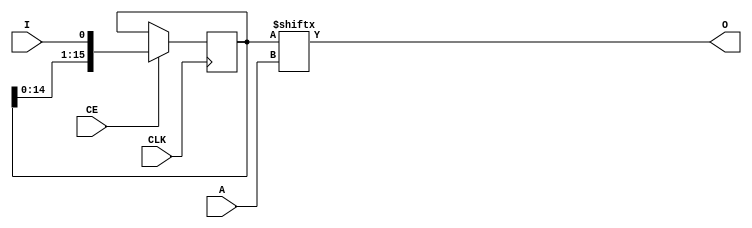
`timescale 1ns / 1ps
//////////////////////////////////////////////////////////////////////////////////
// Company: 
// Engineer: 
// 
// Design Name: 
// Module Name:    srl_nx1 
// Project Name: 
// Target Devices: 
// Tool versions: 
// Description: 
//
// Dependencies: 
//
// Revision: 
// Revision 0.01 - File Created
// Additional Comments: 
//
//////////////////////////////////////////////////////////////////////////////////
module srl_nx1_noparm(
	input CLK,
	input CE,
	input [3:0] A, //Address is 1 less than depth, ie. for 5 clocks A is 4
	input I,
	output O
);

(* syn_srlstyle = "select_srl" *)
   reg [15:0] sr;

   always @(posedge CLK)
      if (CE)begin
         sr <= {sr[14:0], I};
      end
   assign O = sr[A];

endmodule